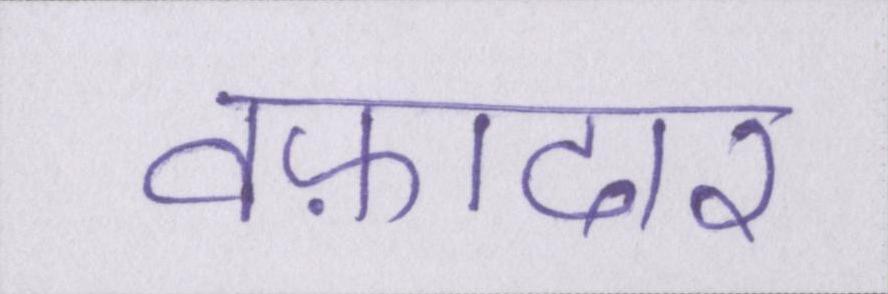
वफ़ादार